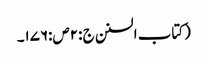
(کتاب السنن ج :۲ص:۱۷۶۔